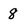
Character: 8